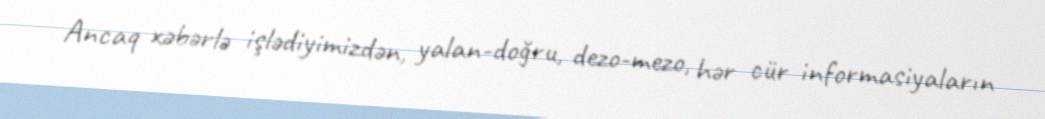
Ancaq xəbərlə işlədiyimizdən, yalan-doğru, dezo-mezo, hər cür informasiyaların